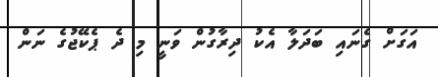
އަގަށް ގެނައި ބަދަލާ އެކު ދިރާގުން ވަނީ މި ދެ ޕެކޭޖުގެ ނަން